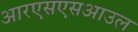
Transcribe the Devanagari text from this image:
आरएसएसआउल